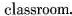
classroom.